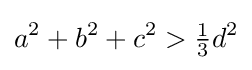
a^{2}+b^{2}+c^{2}>{\tfrac {1}{3}}d^{2}